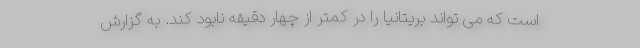
است که می تواند بریتانیا را در کمتر از چهار دقیقه نابود کند. به گزارش